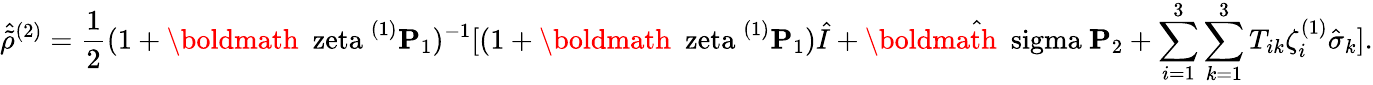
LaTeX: \hat{\tilde{\rho}}^{(2)}=\frac{1}{2}(1+\mathrm{\boldmath~\ zeta~}^{(1)}{\mathbf P}_{1})^{-1}[(1+\mathrm{\boldmath~\ zeta~}^{(1)}{\mathbf P}_{1})\hat{I}+\hat{\mathrm{\boldmath~\ sigma~}}{\mathbf P}_{2}+\sum_{i=1}^{3}\sum_{k=1}^{3}T_{ik}\zeta_{i}^{(1)}\hat{\sigma}_{k}].